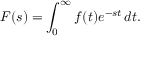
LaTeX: F ( s ) = \int _ { 0 } ^ { \infty } f ( t ) e ^ { - s t } \, d t .